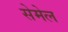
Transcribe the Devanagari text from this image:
सेमेल